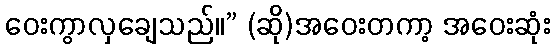
ဝေးကွာလှချေသည်။” (ဆို)အဝေးတကာ့ အဝေးဆုံး